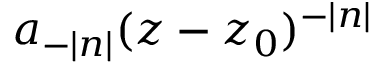
a _ { - | n | } ( z - z _ { 0 } ) ^ { - | n | }